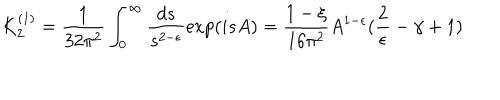
K _ { 2 } ^ { ( 1 ) } = \frac { 1 } { 3 2 \pi ^ { 2 } } \int _ { 0 } ^ { \infty } \frac { d s } { s ^ { 2 - \epsilon } } \exp ( i s A ) = \frac { 1 - \xi } { 1 6 \pi ^ { 2 } } A ^ { 1 - \epsilon } ( \frac { 2 } { \epsilon } - \gamma + 1 )